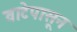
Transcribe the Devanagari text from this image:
वाटेपासून